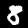
Label: 8